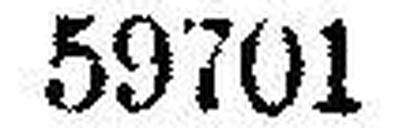
59701